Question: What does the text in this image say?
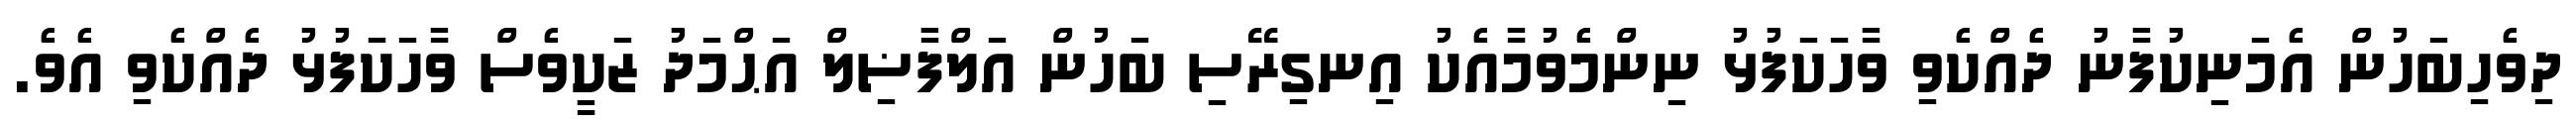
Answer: ދިވެހިބަހުން އެމަނިކުފާނު ދެއްކެވި ވާހަކަފުޅު ނިންމެވުމާއެކު އިނގިރޭސި ބަހުން އަލްފާޟިލް އަޙްމަދު ޒަކީވެސް ވާހަކަފުޅު ދެއްކެވި އެވެ.